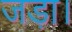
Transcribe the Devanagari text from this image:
जड़ा।